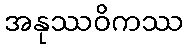
အနုဿဝိကဿ